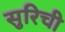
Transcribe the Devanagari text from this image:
सुरिची